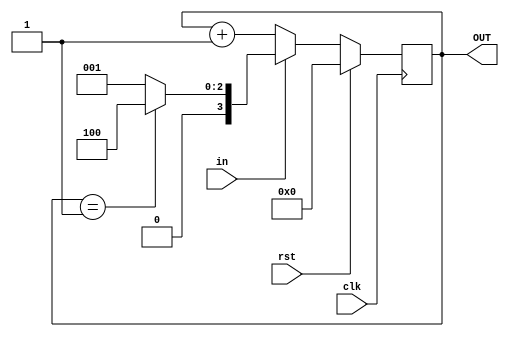
// licznik - licznik synchroniczny N-bitowy

`timescale 1ns/10ps

// definicja licznika N-bitowego
module licznik (input clk, rst,
		input in,
		output reg [3:0] OUT);

	reg [3:0] prev_out = 0;

	// initial OUT=0;

	always@(posedge clk)
	begin
		if (rst == 1)
			OUT = 0;
		else if (in == 0)
			OUT = OUT + 1;
		else if (OUT == 1)
			OUT = 4;
		else
			OUT = 1;
	end
endmodule

// urealnienie ukadu i testowanie
module  licznik_test;
	
	reg clk, rst;
	reg in;
	wire [3:0] out;
	
	licznik licz(clk, rst, in, out);

// definicja sygnaw wymuszajcych

always
	#10 clk=~clk;

initial
	begin
		$dumpfile("licznik.vcd");
	  	$dumpvars(0, clk, rst, in, out);
		$monitor($time,": Clk=%b, rst=%b, in=%b | Q=%d", clk, rst, in, out);
	in = 0;
	clk = 1'b0; 
	rst = 0;

	#5; rst = 1;
	#10; rst = 0;
	#5;
	#320; in = 1;
	#60; in = 0; 
	#40
	#10; $finish;

	end
endmodule